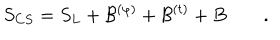
S _ { C S } = S _ { L } + { \cal B } ^ { ( \varphi ) } + { \cal B } ^ { ( t ) } + B \qquad .